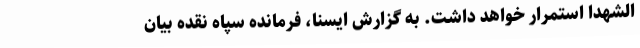
الشهدا استمرار خواهد داشت. به گزارش ایسنا، فرمانده سپاه نقده بیان